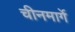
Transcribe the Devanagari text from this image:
चीनमार्गे